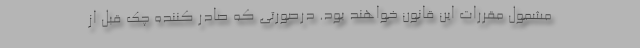
مشمول مقررات این قانون خواهند بود. درصورتی که صادر کننده چک قبل از